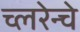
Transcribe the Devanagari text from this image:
च्लरेन्चे